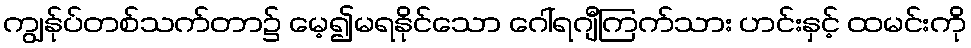
ကျွန်ုပ်တစ်သက်တာ၌ မေ့၍မရနိုင်သော ဂေါ်ရဂျီကြက်သား ဟင်းနှင့် ထမင်းကို